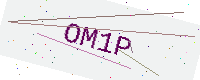
Text: OM1P